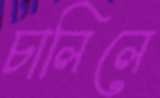
চালিলে